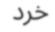
خرد